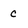
Character: c